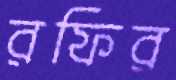
রফির